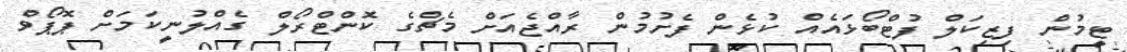
ޓީމުން ފިޒިކަލް ފުޓްބޯޅައެއް ކުޅެން ފެށުމުން ރާއްޖެއަށް މެޗްގެ ކޮންޓްރޯލް ގެއްލުނީކަމަށް ޕޮޕޯވް